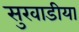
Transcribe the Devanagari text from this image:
सुखाडीया